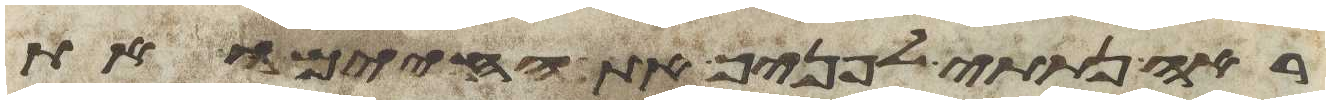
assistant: ראה נתתי לפניך את החיים ואת